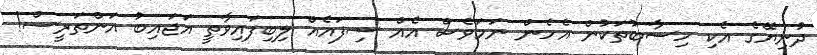
ދުނިޔޭގެ އެކި ހިސާބުތަކުން އެހެން ނަމަވެސް އެއް ސިފައެއް ލިބިފައިވާތީ އަޖައިބު އަންތަރީސް!